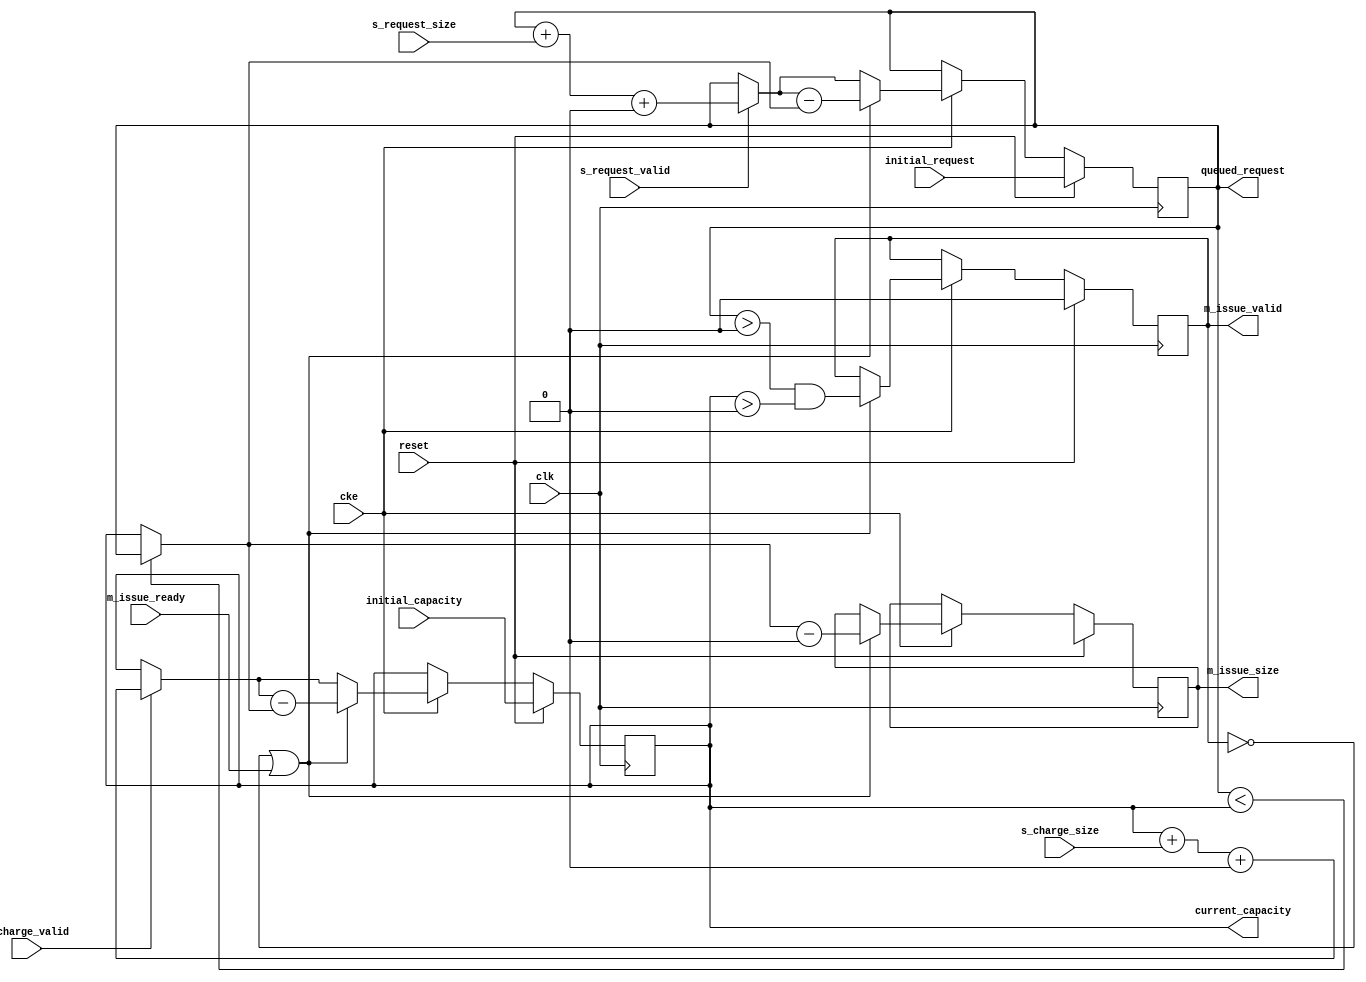
// This program was cloned from: https://github.com/ryuz/jelly
// License: MIT License

// ---------------------------------------------------------------------------
//  Jelly  -- The platform for real-time computing
//
//                                 Copyright (C) 2008-2020 by Ryuz
//                                 https://github.com/ryuz/jelly.git
// ---------------------------------------------------------------------------



`timescale 1ns / 1ps
`default_nettype none



// 
module jelly_capacity_control
        #(
            parameter   CAPACITY_WIDTH      = 32,
            parameter   REQUEST_WIDTH       = CAPACITY_WIDTH,
            parameter   CHARGE_WIDTH        = CAPACITY_WIDTH,
            parameter   ISSUE_WIDTH         = CAPACITY_WIDTH,   // CAPACITY_WIDTH 
            parameter   REQUEST_SIZE_OFFSET = 1'b0,
            parameter   CHARGE_SIZE_OFFSET  = 1'b0,
            parameter   ISSUE_SIZE_OFFSET   = 1'b0
        )
        (
            input   wire                            reset,
            input   wire                            clk,
            input   wire                            cke,
            
            input   wire    [CAPACITY_WIDTH-1:0]    initial_capacity,
            input   wire    [CAPACITY_WIDTH-1:0]    initial_request,
            
            output  wire    [CAPACITY_WIDTH-1:0]    current_capacity,
            output  wire    [CAPACITY_WIDTH-1:0]    queued_request,
            
            input   wire    [REQUEST_WIDTH-1:0]     s_request_size,
            input   wire                            s_request_valid,
            
            input   wire    [CHARGE_WIDTH-1:0]      s_charge_size,
            input   wire                            s_charge_valid,
            
            output  wire    [ISSUE_WIDTH-1:0]       m_issue_size,
            output  wire                            m_issue_valid,
            input   wire                            m_issue_ready
        );
    
    wire                            ready = (!m_issue_valid || m_issue_ready);
    
    reg     [CAPACITY_WIDTH-1:0]    reg_queued_request,   next_queued_request;
    reg     [CAPACITY_WIDTH-1:0]    reg_current_capacity, next_current_capacity;
                                                               
    reg     [ISSUE_WIDTH-1:0]       reg_issue_size,       next_issue_size;
    reg                             reg_issue_valid,      next_issue_valid;
    
    always @(posedge clk) begin
        if ( reset ) begin
            reg_queued_request   <= initial_request;
            reg_current_capacity <= initial_capacity;
            reg_issue_size       <= {ISSUE_WIDTH{1'bx}};
            reg_issue_valid      <= 1'b0;
        end
        else if ( cke ) begin
            reg_queued_request   <= next_queued_request;
            reg_current_capacity <= next_current_capacity;
            reg_issue_size       <= next_issue_size;
            reg_issue_valid      <= next_issue_valid;
        end
    end
    
    always @* begin
        next_queued_request   = reg_queued_request;
        next_current_capacity = reg_current_capacity;
        next_issue_size       = reg_issue_size;
        next_issue_valid      = reg_issue_valid;
        
        if ( s_request_valid ) begin
            next_queued_request   = next_queued_request   + s_request_size + REQUEST_SIZE_OFFSET;
        end
        if ( s_charge_valid ) begin
            next_current_capacity = next_current_capacity + s_charge_size  + CHARGE_SIZE_OFFSET;
        end
        
        if ( ready ) begin
            next_issue_valid = (reg_queued_request > 0) && (reg_current_capacity > 0);
            next_issue_size  = reg_queued_request < reg_current_capacity ? reg_queued_request : reg_current_capacity;
            
            next_queued_request   = next_queued_request   - next_issue_size;
            next_current_capacity = next_current_capacity - next_issue_size;
            
            next_issue_size = next_issue_size - ISSUE_SIZE_OFFSET;
        end
    end
    
    assign m_issue_size  = reg_issue_size;
    assign m_issue_valid = reg_issue_valid;
    
    assign current_capacity = reg_current_capacity;
    assign queued_request   = reg_queued_request;
    
    
    
    // debug (simulation only)
    integer     total_request;
    integer     total_charge;
    integer     total_issue;
    always @(posedge clk) begin
        if ( reset ) begin
            total_request <= 0;
            total_charge  <= 0;
            total_issue   <= 0;
        end
        else if ( cke ) begin
            if ( s_request_valid ) begin
                total_request <= total_request + s_request_size + REQUEST_SIZE_OFFSET;
            end
            
            if ( s_charge_valid ) begin
                total_charge <= total_charge + s_charge_size + CHARGE_SIZE_OFFSET;
            end
            
            if ( m_issue_valid & m_issue_ready ) begin
                total_issue <= total_issue + m_issue_size + ISSUE_SIZE_OFFSET;
            end
        end
    end
    
    
endmodule


`default_nettype wire


// end of file